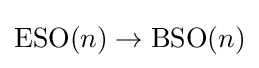
\operatorname {ESO} (n)\rightarrow \operatorname {BSO} (n)